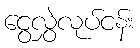
ငွေလွှဲလုပ်ငန်း